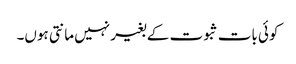
کوئی بات ثبوت کے بغیر نہیں مانتی ہوں۔